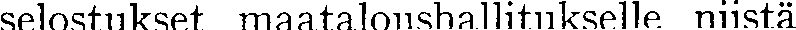
selostiukset maataloushallitukselle niistä